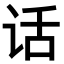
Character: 话